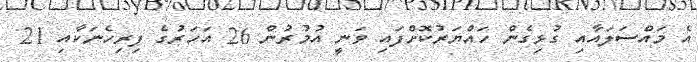
އެ މައްސަލައާއި ގުޅިގެން ހައްޔަރުކޮށްފައި ވަނީ އުމުރުން 26 އަހަރުގެ ފިރިހެނަކާއި 21